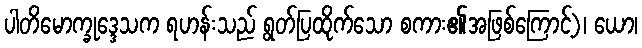
ပါတိမောက္ခုဒ္ဒေသက ရဟန်းသည် ရွတ်ပြထိုက်သော စကား၏အဖြစ်ကြောင့်)၊ ယော၊